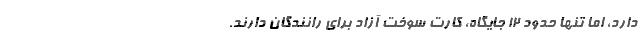
دارد، اما تنها حدود ۱۲ جایگاه، کارت سوخت آزاد برای رانندگان دارند.